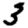
Digit: 3